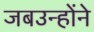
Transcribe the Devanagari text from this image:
जबउन्होंने